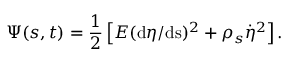
\Psi ( s , t ) = \frac { 1 } { 2 } \left[ E ( \mathrm { d } \eta / \mathrm { d s } ) ^ { 2 } + \rho _ { s } \dot { \eta } ^ { 2 } \right] .